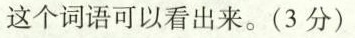
这个词语可以看出来。(3分)